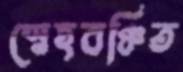
স্নেহবঞ্চিত